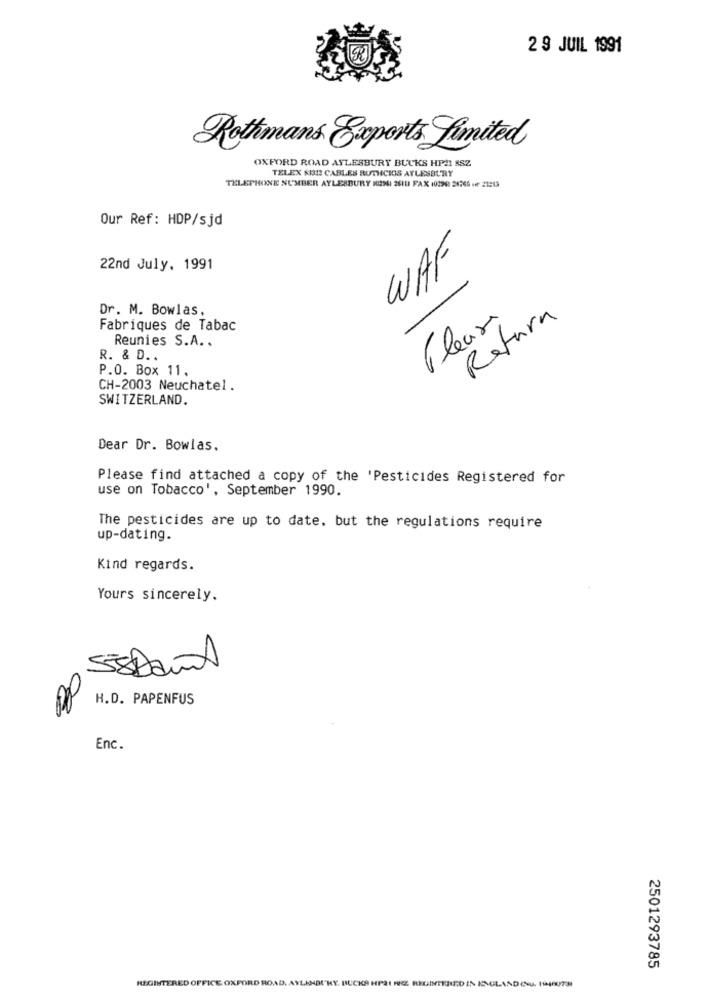
2 9 JUIL 1991
Rothmans gaports Limited
OXFORD ROAD AYLESBURY BUCKS HP21 8SZ
TELEX SI312 CABLES RUTHCIOS AYLESBURY
TELEPHONE NUMBER AYLESBURY ROSSI 26ILI FAX 10290 28266 - 21263
Our Ref: HDP/sjd
WAF
22nd July. 1991
Dr. M. Bowlas,
Fleurs
Refurn
Fabriques de Tabac
Reunies S.A. .
R. & D. .
P.O. Box 11.
CH-2003 Neuchatel.
SWITZERLAND.
Dear Dr. Bowlas.
Please find attached a copy of the 'Pesticides Registered for
use on Tobacco', September 1990.
The pesticides are up to date. but the regulations require
up-dating.
Kind regards.
Yours sincerely.
58 Damit
H.D. PAPENFUS
Enc.
2501293785
REGISTERED OFFICE OXFORD ROAD. AYLENBU"KY. BUCKS HP21 FRE REGINERRED IN ENGLAND CLU. 1940079